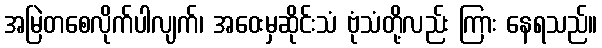
အမြဲတစေလိုက်ပါလျက်၊ အဝေးမှဆိုင်းသံ ဗုံသံတို့လည်း ကြား နေရသည်။